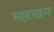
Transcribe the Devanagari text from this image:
मल्लखन